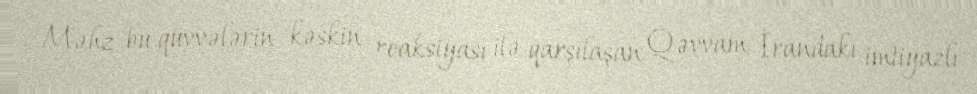
Məhz bu qüvvələrin kəskin reaksiyası ilə qarşılaşan Qəvvam İrandakı imtiyazlı